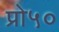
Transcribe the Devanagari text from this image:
प्रो५०